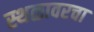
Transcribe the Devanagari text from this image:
स्थळावरचा